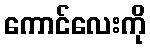
ကောင်လေးကို